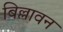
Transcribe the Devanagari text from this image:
बिल्लावन